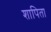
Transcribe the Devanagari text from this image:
शापिता